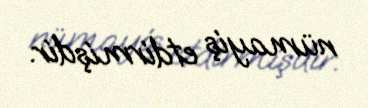
nümayiş etdirmişdir.